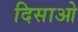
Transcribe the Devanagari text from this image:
दिसाओ